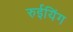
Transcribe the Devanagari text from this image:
रुईयिंग